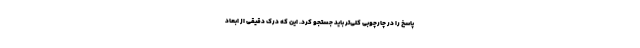
پاسخ را در چارچوبی کلی‌تر باید جستجو کرد. این که درک دقیقی از ابعاد